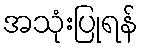
အသုံးပြုရန်